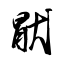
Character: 猒